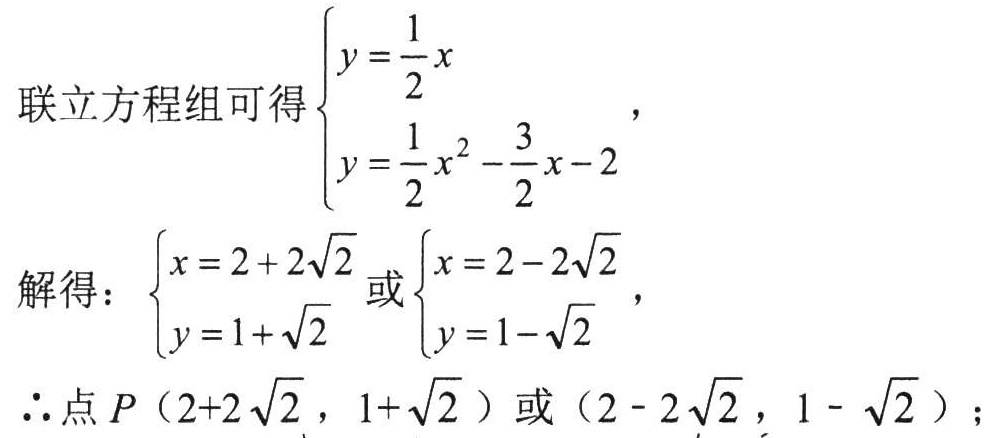
联立方程组可得\(\begin{cases}y = \dfrac{1}{2}x \\ y = \dfrac{1}{2}x^{2}-\dfrac{3}{2}x - 2\end{cases}\)，
解得：\(\begin{cases}x = 2 + 2\sqrt{2} \\ y = 1 + \sqrt{2}\end{cases}\)或\(\begin{cases}x = 2 - 2\sqrt{2} \\ y = 1 - \sqrt{2}\end{cases}\)，
\(\therefore\)点\(P\)（\(2 + 2\sqrt{2}\)，\(1 + \sqrt{2}\)）或（\(2 - 2\sqrt{2}\)，\(1 - \sqrt{2}\)）；